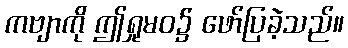
ကဗျာကို ဤရှုမဝ၌ ဖော်ပြခဲ့သည်။